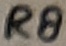
Text: R8